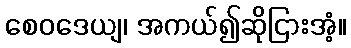
စေဝဒေယျ၊ အကယ်၍ဆိုငြားအံ့။